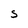
Character: S